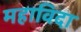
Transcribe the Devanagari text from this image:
महाविदा